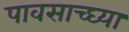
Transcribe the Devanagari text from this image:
पावसाच्घ्या